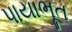
પાયાભૂત